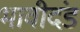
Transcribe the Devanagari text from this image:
भावीदंड